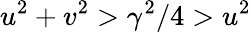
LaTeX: u^{2}+v^{2}>\gamma^{2}/4>u^{2}